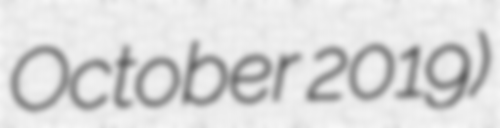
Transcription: October 2019)